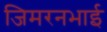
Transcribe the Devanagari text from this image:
जिमरनभाई